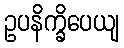
ဥပနိက္ခိပေယျ